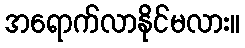
အရောက်လာနိုင်မလား။